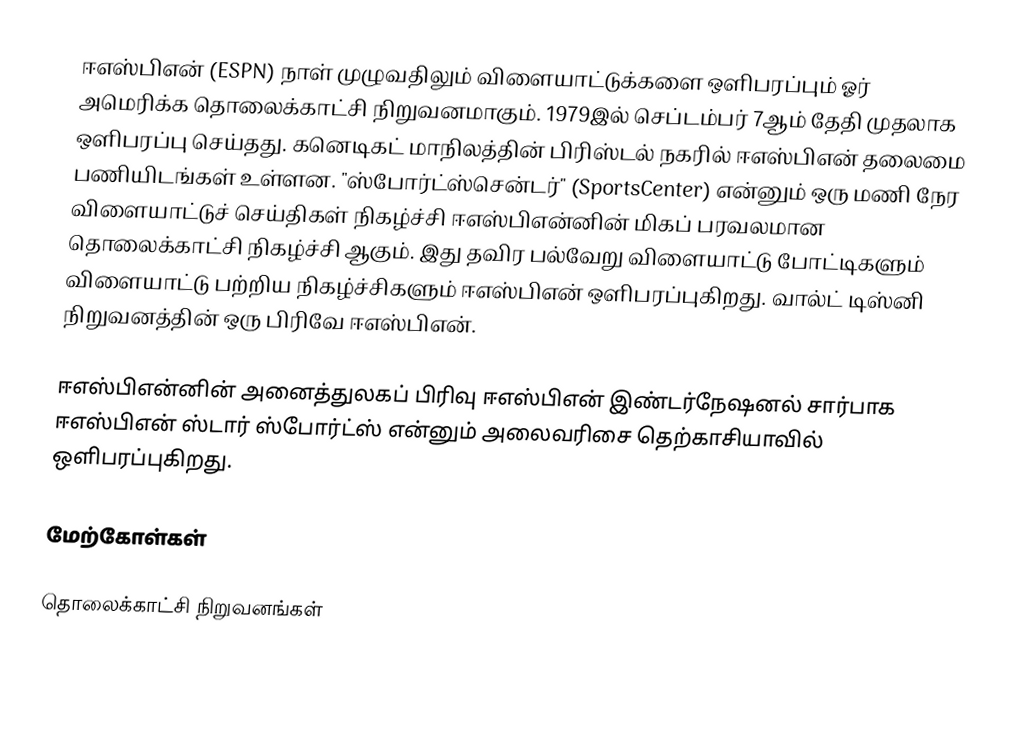
ஈஎஸ்பிஎன் (ESPN) நாள் முழுவதிலும் விளையாட்டுக்களை ஒளிபரப்பும் ஓர் அமெரிக்க தொலைக்காட்சி நிறுவனமாகும். 1979இல் செப்டம்பர் 7ஆம் தேதி முதலாக ஒளிபரப்பு செய்தது. கனெடிகட் மாநிலத்தின் பிரிஸ்டல் நகரில் ஈஎஸ்பிஎன் தலைமை பணியிடங்கள் உள்ளன. "ஸ்போர்ட்ஸ்சென்டர்" (SportsCenter) என்னும் ஒரு மணி நேர விளையாட்டுச் செய்திகள் நிகழ்ச்சி ஈஎஸ்பிஎன்னின் மிகப் பரவலமான தொலைக்காட்சி நிகழ்ச்சி ஆகும். இது தவிர பல்வேறு விளையாட்டு போட்டிகளும் விளையாட்டு பற்றிய நிகழ்ச்சிகளும் ஈஎஸ்பிஎன் ஒளிபரப்புகிறது. வால்ட் டிஸ்னி நிறுவனத்தின் ஒரு பிரிவே ஈஎஸ்பிஎன்.

ஈஎஸ்பிஎன்னின் அனைத்துலகப் பிரிவு ஈஎஸ்பிஎன் இண்டர்நேஷனல் சார்பாக ஈஎஸ்பிஎன் ஸ்டார் ஸ்போர்ட்ஸ் என்னும் அலைவரிசை தெற்காசியாவில் ஒளிபரப்புகிறது.

மேற்கோள்கள்

தொலைக்காட்சி நிறுவனங்கள்